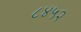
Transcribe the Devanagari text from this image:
८४५२